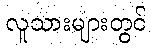
လူသားများတွင်